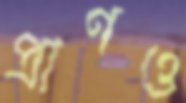
প্রাণও